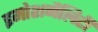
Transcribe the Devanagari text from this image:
इमोशनैलिटी